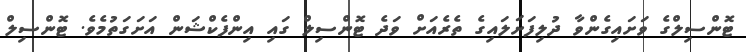
ޓޮންސިލްގެ ވަށައިގެންވާ ދުލިފަށަލައިގެ ތެރެއަށް ވަދެ ޓޮންސިލް ގައި އިންފެކްޝަން އަށަގަތުމެވެ. ޓޮންސިލް